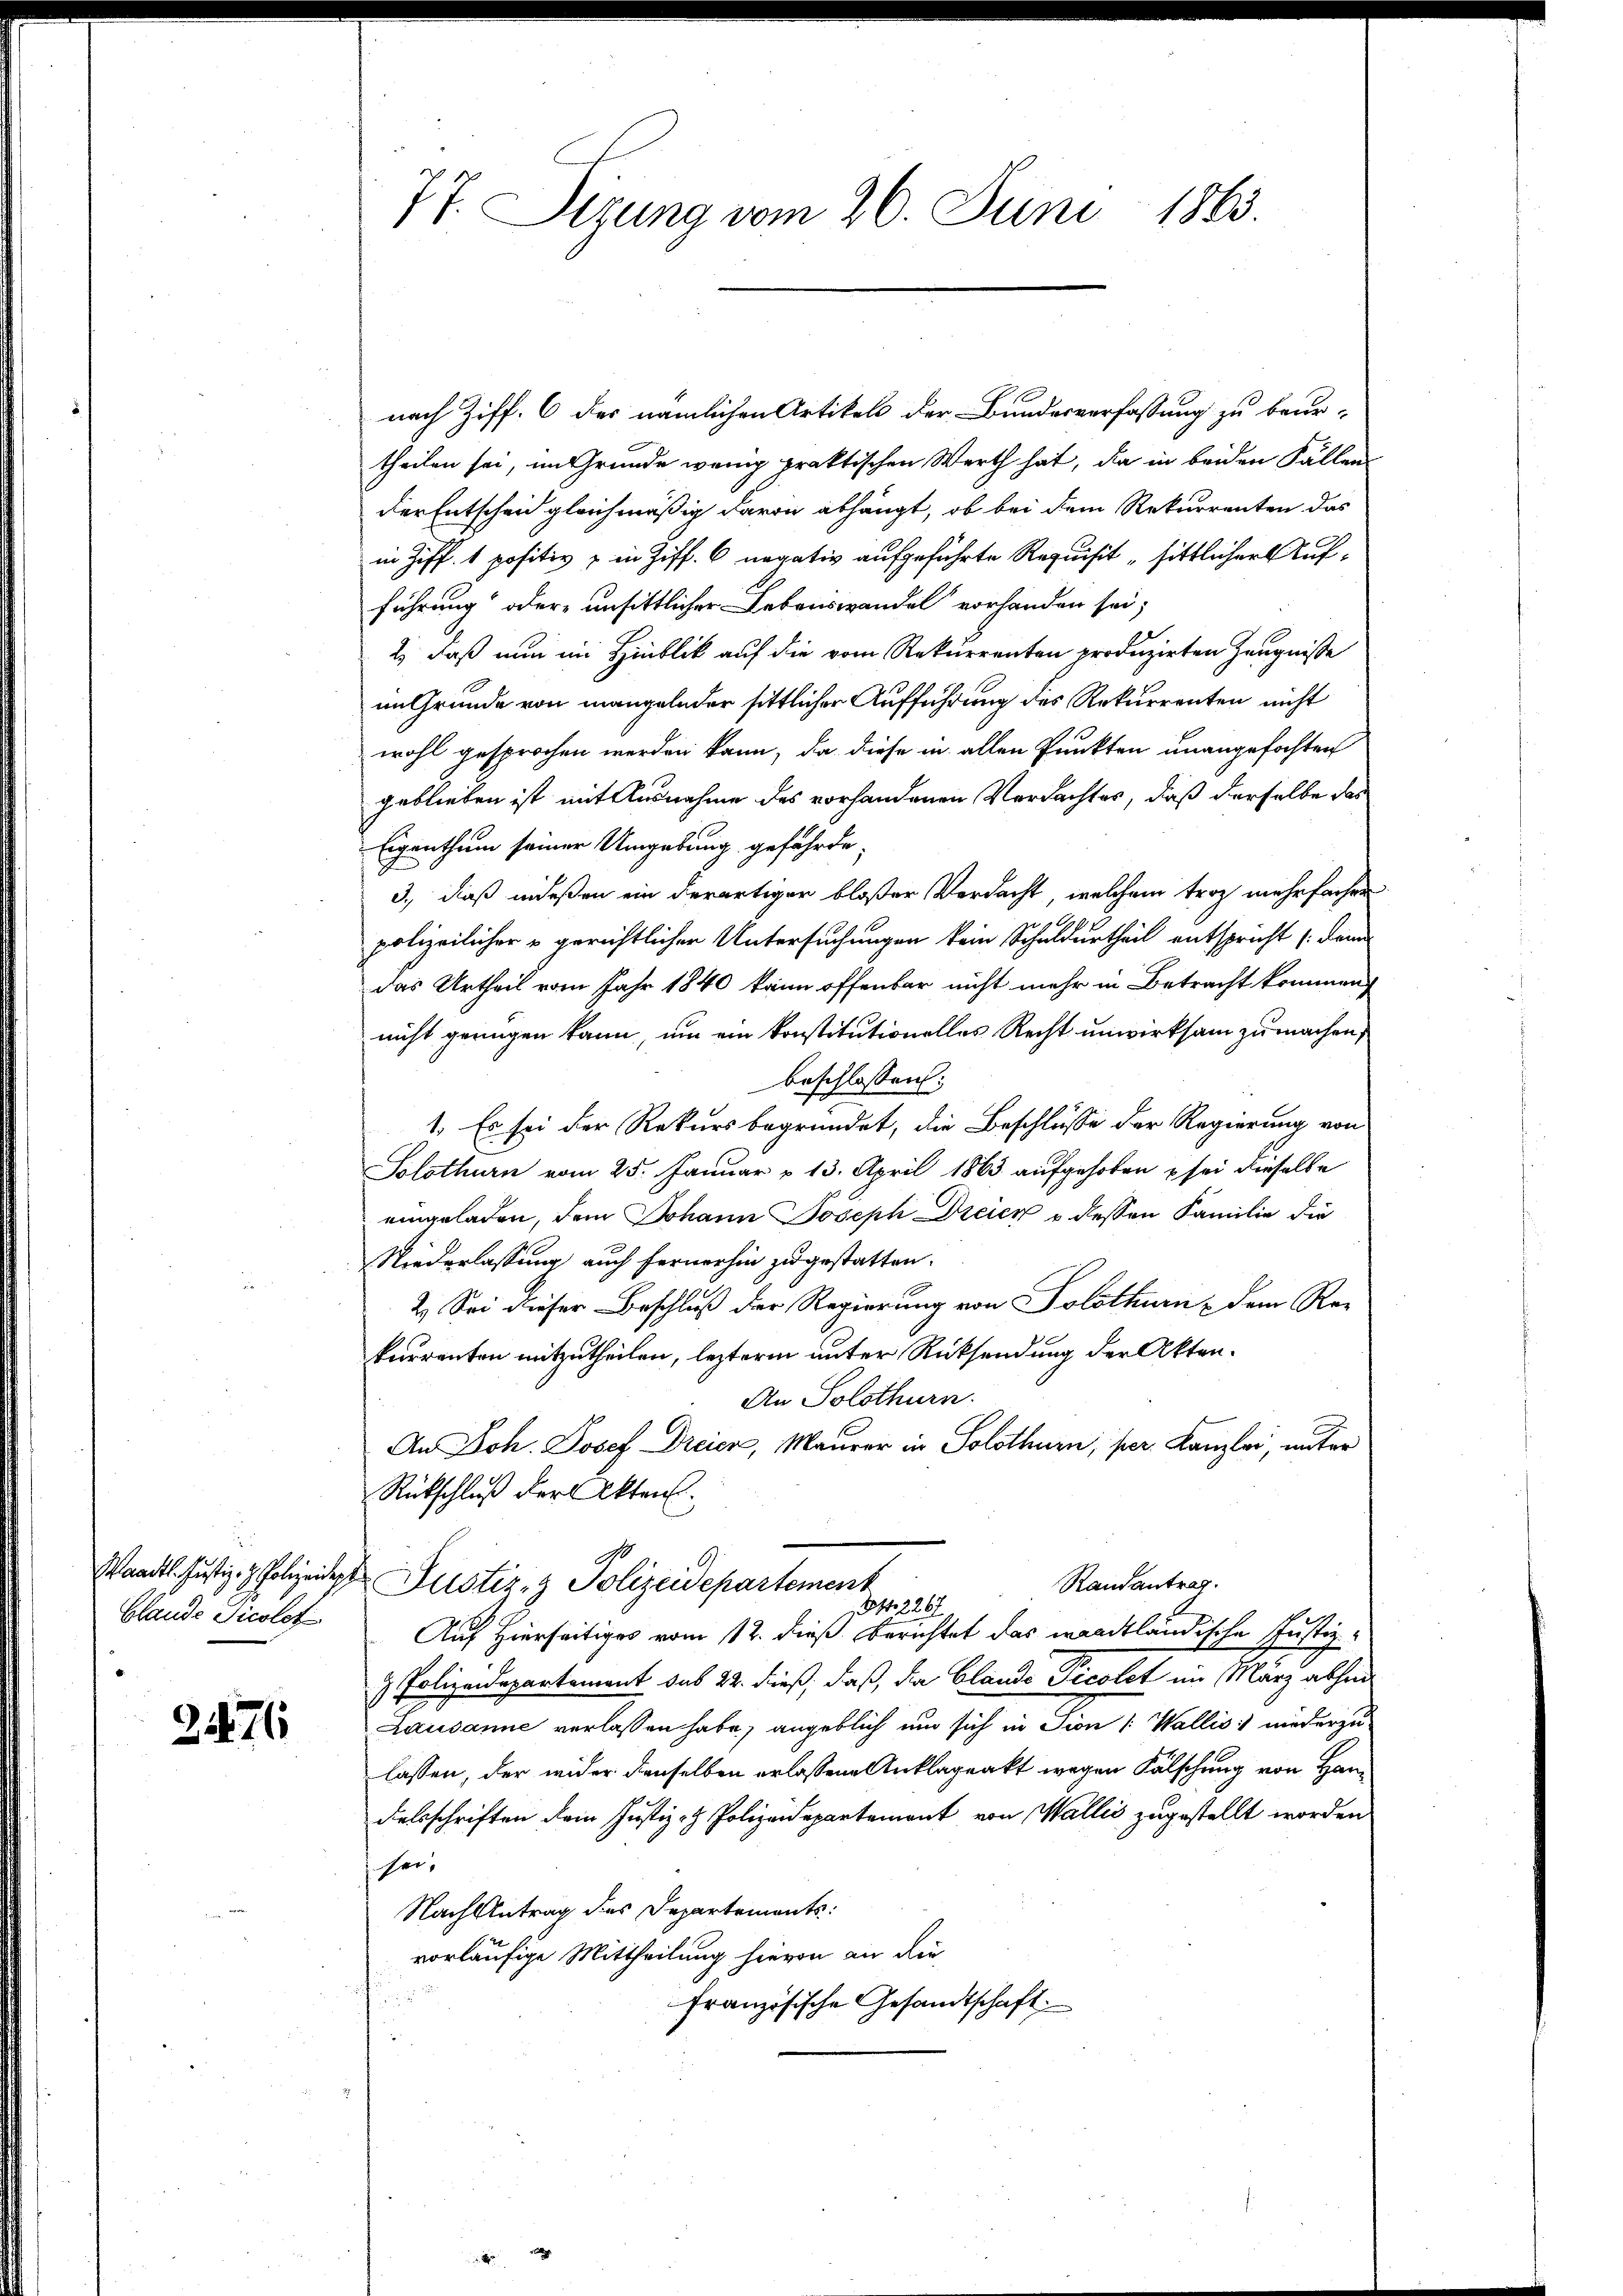
Claude Nicolot

2476

77. Sizung vom 26. Juni 1863.

nach Ziff. 6 des nämlichen Artikels der Bundesverfassung zu beur-
theilen sei, im Grunde wenig praktischen Werth hat, da in beiden Fällen
der Entscheid gleichmäßig davon abhängt, ob bei dem Rekurrenten das
in Ziff. 1 positiv & in Ziff. 6 negativ aufgeführte Requisit sittlicher Aufführung oder unsittlicher Lebenswandel vorhanden sei;
2) daß nun im Hinblik auf die vom Rekurrenten produzirten Zeugnisse
im Grunde von mangelnder sittlicher Aufführung des Rekurrenten nicht
wohl gesprochen werden kann, da diese in allen Punkten unangefochten
geblieben ist mit Ausnahme des vorhandenen Verdachtes, daß derselbe das
Eigenthum seiner Umgebung gefährde,
3., daß indeßen ein derartiger bloßer Verdacht, welchem troz mehrfacher
polizeilicher u gerichtlicher Untersuchungen kein Schuldurtheil entspricht (denn
das Urtheil vom Jahr 1840 kain offenbar nicht mehr in Betracht kommen
nicht genügen kann, um ein konstitutionelles Recht unwirksam zu machen,
beschlossen:
1. Es sei der Rekursbegründet, die Beschlüsse der Regierung von
Solothurn vom 25. Januar v. 13. April 1863 aufgehoben sei dieselbe
eingeladen, dem Johann Joseph Dreien & dessen Familie die
Niederlassung auch fernerhin zugestatten.
2.) Sei dieser Beschluß der Regierung von Solothurn dem Re-
kurrenten mitzutheilen, lezterm unter Rücksendung der Akten¬
An Solothurn.
An Joh. Josef Dreien, Maurer in Solothurn, per Kanzlei, unter
Rückschluß der Akten.
Wandl. Justiz- & Polizeider Justiz- & Polizeidepartement
Randantrag.
94. 2267
Auf Hierseitiges vom 12. dieß berichtet das waadtländische Justiz-
& Polizeidepartement das 22. dieß, daß, die Blande Picolat im März abhin
Lausanne verlassen habe, angeblich und sich in Dion (Wallis: niederzu
lassen, der wider denselben erlassene Anklageakt wegen Fälschung von Handelsschriften dem Justiz- Polizeidepartement von Wallis zugestellt worden.
ser,
Nachbetrag des Departements:
vorläufige Mittheilung hievon an die
französische Gesandtschaft.